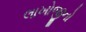
લાખોજીનો